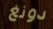
دونغ